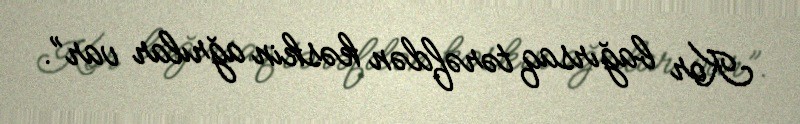
Kor bağırsaq tərəfdən kəskin ağrılar var”.